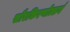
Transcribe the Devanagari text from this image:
सौरकिरणोत्सर्ग